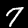
Label: 7